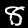
Digit: 8